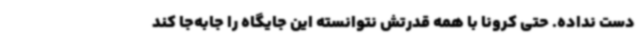
دست نداده. حتی کرونا با همه قدرتش نتوانسته این جایگاه را جابه‌جا کند